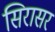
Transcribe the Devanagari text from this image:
सिरासर